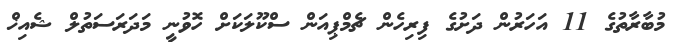
މުބާރާތުގެ 11 އަހަރުން ދަށުގެ ފިރިހެން ޗެމްޕިއަން ސްކޫލަކަށް ހޮވުނީ މަދަރަސަތުލް ޝެއިޚް